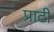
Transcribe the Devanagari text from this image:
प्राटी